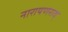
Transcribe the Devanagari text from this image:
नारायणराव्